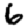
Digit: 6